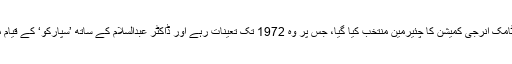
بعد ازاں انھیں پاکستان اٹامک انرجی کمیشن کا چئیرمین منتخب کیا گیا، جس پر وہ 1972 تک تعینات رہے اور ڈاکٹر عبدالسلام کے ساتھ ’سپارکو‘ کے قیام میں بنیادی کردار ادا کیا۔